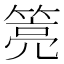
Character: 𰪎